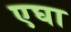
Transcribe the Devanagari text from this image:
एघा